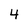
Character: 4